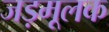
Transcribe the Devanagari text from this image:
जड़मूलक